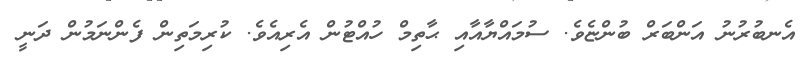
އެނބުރުނު އަންބަރް ބުންޏެވެ. ސުމައްޔާއާއި ޙާތިމް ހުއްޓުން އެރިއެވެ. ކުރިމަތިން ފެންނަމުން ދަނީ